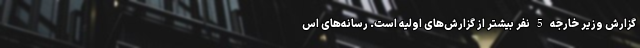
گزارش وزیر خارجه 5 نفر بیشتر از گزارش‌های اولیه است. رسانه‌های اس